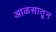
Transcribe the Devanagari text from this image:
आळसातून